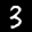
Digit: 3